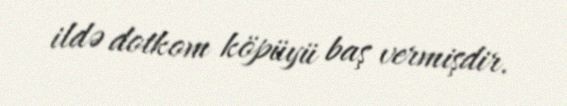
ildə dotkom köpüyü baş vermişdir.